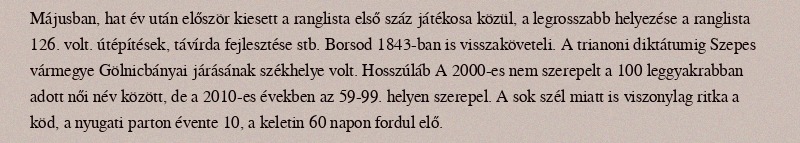
Májusban, hat év után először kiesett a ranglista első száz játékosa közül, a legrosszabb helyezése a ranglista 126. volt. útépítések, távírda fejlesztése stb. Borsod 1843-ban is visszaköveteli. A trianoni diktátumig Szepes vármegye Gölnicbányai járásának székhelye volt. Hosszúláb A 2000-es nem szerepelt a 100 leggyakrabban adott női név között, de a 2010-es években az 59-99. helyen szerepel. A sok szél miatt is viszonylag ritka a köd, a nyugati parton évente 10, a keletin 60 napon fordul elő.